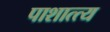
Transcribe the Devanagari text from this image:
पाशात्त्य